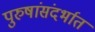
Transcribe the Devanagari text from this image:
पुरुषांसंदर्भात